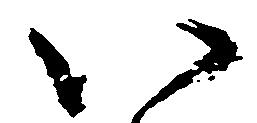
い